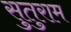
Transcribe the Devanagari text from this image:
सुतुराम